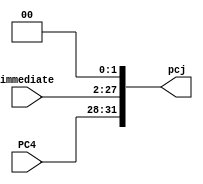
`timescale 1ns / 1ps

module PCj(
    input [25:0] immediate,
    input [3:0] PC4,
    output reg [31:0] pcj
    );
    always @(immediate or PC4) pcj = {PC4, immediate, 2'b00};
endmodule